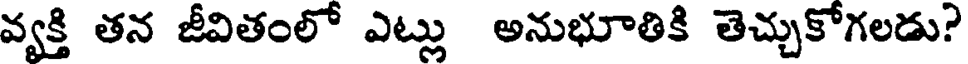
వ్యక్తి తన జీవితంలో ఎట్లు అనుభూతికి తెచ్చుకోగలడు?